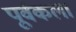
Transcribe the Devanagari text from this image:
पूर्वकला